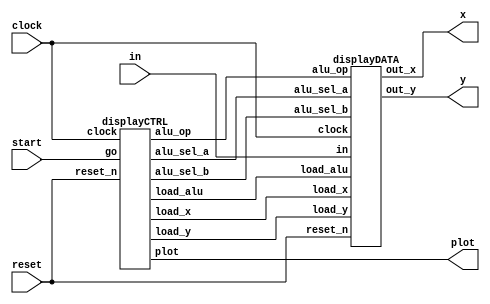
module vgaDisplay(start,in,reset,clock,x,y,plot);
	input start;
	input clock, reset;
	input [15:0] in;
	
	output [7:0] x,y;
	output plot;

    wire load_x,load_y,load_alu,plot;
	 wire [1:0] alu_op, alu_sel_a, alu_sel_b;
	 
	 displayDATA data(
		.in(in),
		.reset_n(reset),
		.clock(clock),
		.alu_sel_a(alu_sel_a),
		.alu_sel_b(alu_sel_b),
		.load_x(load_x),
		.load_y(load_y),
		.load_alu(load_alu),
		.alu_op(alu_op),
		.out_x(x),
		.out_y(y)
	);
    displayCTRL ctrl(
		.go(start),
		.clock(clock),
		.reset_n(reset),
		.load_x(load_x),
		.load_y(load_y),
		.load_alu(load_alu),
		.alu_op(alu_op),
		.alu_sel_a(alu_sel_a),
		.alu_sel_b(alu_sel_b),
		.plot(plot)
	 );
endmodule

module displayCTRL(go,clock,reset_n,load_x,load_y,load_alu,alu_op,alu_sel_a,alu_sel_b,plot);
	input go;
	input clock;
	input reset_n;
	
	output reg load_x;
	output reg load_y;
	output reg load_alu;
	output reg [1:0] alu_op, alu_sel_a, alu_sel_b;
	
	output reg plot;
	
	reg [3:0] cur_state, next_state;
	reg [2:0] x_count, y_count;
	
	always @(posedge clock)
	begin
		if (~reset_n)
			begin
				cur_state <= 4'b0000;
			end
		else
			cur_state <= next_state;
	end
	
	localparam LOAD = 4'd0,
				  WAIT_LOAD = 4'd1,
				  PLOT = 4'd2,
				  PLOT_WAIT = 4'd3,
				  INCREMENT_X = 4'd4,
				  INCREMENT_Y = 4'd5,
				  RESET_X = 4'd6;
	
	always @(*)
	begin
		case (cur_state)
			LOAD: next_state = go ? WAIT_LOAD : LOAD;
			WAIT_LOAD: next_state = go ? WAIT_LOAD : PLOT;
			PLOT: next_state = PLOT_WAIT;
			PLOT_WAIT: next_state = (x_count < 3'd4) ? INCREMENT_X : INCREMENT_Y;
			INCREMENT_X: next_state = PLOT;
			INCREMENT_Y: next_state = RESET_X;
			RESET_X: next_state = (y_count < 3'd4) ? PLOT : LOAD;
		endcase
	end
	
	always @(*)
	begin
		load_x = 1'b0;
		load_y = 1'b0;
		load_alu = 1'b0;
		alu_sel_a = 2'd0;
		alu_sel_b = 2'd0;
		alu_op = 2'd0;
		plot = 1'b0;
		
		case (cur_state)
			WAIT_LOAD: 
				begin
					load_x = 1'b1;
					load_y = 1'b1;
					x_count = 3'd0;
					y_count = 3'd1;
				end
			PLOT:
				begin
					plot = 1'b1;
					x_count = x_count + 1;
				end
			INCREMENT_X:
				begin
					alu_sel_a = 2'd0; alu_op = 2'd0;
					load_x = 1'b1; load_alu = 1'b1;
				end
			INCREMENT_Y:
				begin
					alu_sel_a = 2'd1; alu_op = 2'd0;
					load_y = 1'b1; load_alu = 1'b1;
					x_count = 3'd0;
					y_count = y_count + 1;
				end
			RESET_X:
				begin
					alu_sel_a = 2'd0; alu_op = 2'd2;
					load_x = 1'b1; load_alu = 1'b1;
					load_alu = 1'b1;
				end
		endcase
	end

endmodule

module displayDATA(in,reset_n,clock,alu_sel_a,alu_sel_b,load_x,load_y,load_alu,alu_op,out_x,out_y);
	input [15:0] in;
	input [1:0] alu_sel_a, alu_sel_b;
	input reset_n;
	input clock;
	
	input load_x;
	input load_y;
	input load_alu;
	input [1:0] alu_op;
	
	output reg [7:0]  out_x, out_y;
	
	reg [7:0] alu_out, alu_a, alu_b;
	
	always @(posedge clock)
	begin
		if (~reset_n)
			begin
				out_x <= 8'b00000000;
				out_y <= 8'b00000000;
			end
		else
			begin
				if (load_x)
					out_x <= load_alu ? alu_out : in[15:8];
				if (load_y)
					out_y <= load_alu ? alu_out : in[7:0];
			end
	end
	
	
	always @(*)
	begin 
		case (alu_sel_a)
			2'd0: alu_a = out_x;
			2'd1: alu_a = out_y;
		endcase
		case (alu_sel_a)
			2'd0: alu_b = out_x;
			2'd1: alu_b = out_y;
		endcase
	end
	
	always @(*)
	begin 
		case (alu_op)
			2'b00: alu_out <= alu_a + 1;
			2'b01: alu_out <= alu_a - 1;
			2'b10: alu_out <= alu_a - 2'b11;
			default: alu_out <= 8'b00000000;
		endcase
	end
endmodule